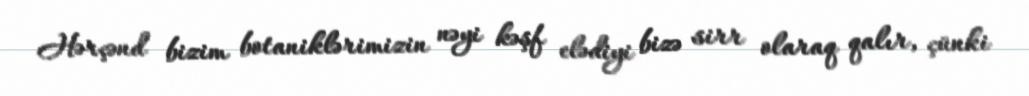
Hərçənd bizim botaniklərimizin nəyi kəşf elədiyi bizə sirr olaraq qalır, çünki